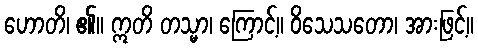
ဟောတိ၊ ၏။ ဣတိ တသ္မာ၊ ကြောင့်။ ဝိသေသတော၊ အားဖြင့်။